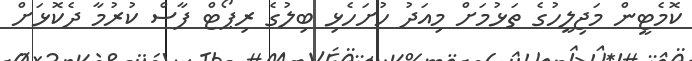
ކޮމެޓީން މަޖިލީހުގެ ތަޅުމަށް މިއަދު ހުށަހެޅި ބިލުގެ ރިޕޯޓް ފާސް ކުރުމާ ދެކޮޅަށް